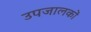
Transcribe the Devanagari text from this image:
उपजालकों